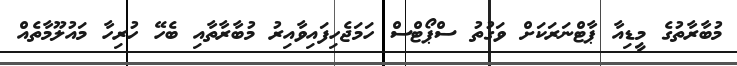
މުބާރާތުގެ މީޑިއާ ޕާޓްނަރަކަށް ވަގުތު ސްޕޯޓްސް ހަމަޖެހިފައިވާއިރު މުބާރާތާއި ބެހޭ ހުރިހާ މައުލޫމާތެއް